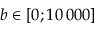
b \in [ 0 ; 1 0 \, 0 0 0 ]